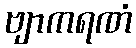
ဗျာကရဏံ